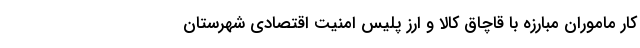
کار ماموران مبارزه با قاچاق کالا و ارز پلیس امنیت اقتصادی شهرستان